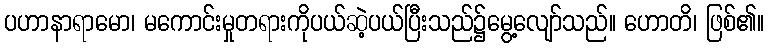
ပဟာနာရာမော၊ မကောင်းမှုတရားကိုပယ်ဆဲ့ပယ်ပြီးသည်၌မွေ့လျော်သည်။ ဟောတိ၊ ဖြစ်၏။